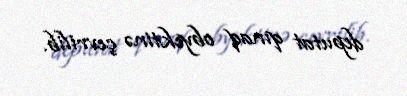
deputat qınaq obyektinə çevrilib.